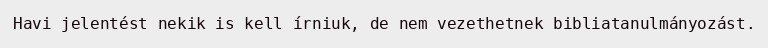
Havi jelentést nekik is kell írniuk, de nem vezethetnek bibliatanulmányozást.